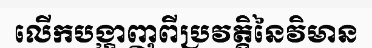
លើកបង្ហាញពីប្រវត្តិនៃវិមាន